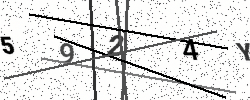
Text: 5924Y